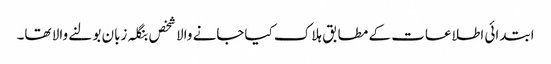
ابتدائی اطلاعات کے مطابق ہلاک کیاجانے والا شخص بنگلہ زبان بولنے والا تھا۔